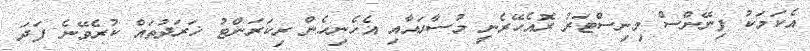
އެކަމަކު ފިނޭންސް މިނިސްޓަރު ރޮއެހޭރެނީ މުސާރައާއި އެހެނިހެން ރިކަރަންޓު ޚަރަދުތައް ކުރެވޭނެ ފަދަ